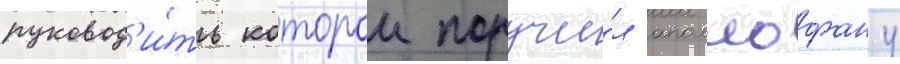
руковод'и́ть которои поручи́л аполлофану